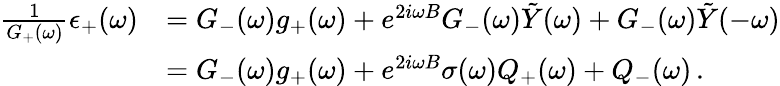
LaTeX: \begin{array}{rl}{\frac{1}{G_{+}(\omega)}\epsilon_{+}(\omega)}&{=G_{-}(\omega)g_{+}(\omega)+e^{2i\omega B}G_{-}(\omega)\tilde{Y}(\omega)+G_{-}(\omega)\tilde{Y}(-\omega)}\\ &{=G_{-}(\omega)g_{+}(\omega)+e^{2i\omega B}\sigma(\omega)Q_{+}(\omega)+Q_{-}(\omega)\, .}\end{array}